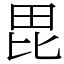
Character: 毘